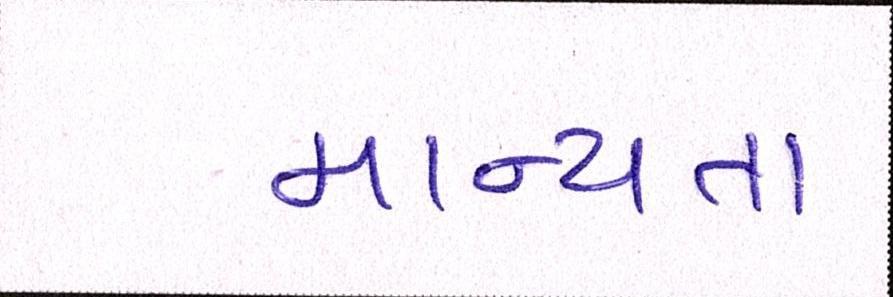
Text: માન્યતા